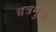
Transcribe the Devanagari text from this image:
चत्रभुज